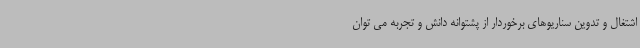
اشتغال و تدوین سناریوهای برخوردار از پشتوانه دانش و تجربه می توان